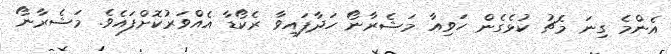
އެންމެ ގިނަ މެޗު ކުޅެގެން ހަވިއާ މަޝެރާނޯ ހަދާފައިވާ ރެކޯޑާ އެއްވަރުކޮށްފައެވެ. މަޝެރާނޯ